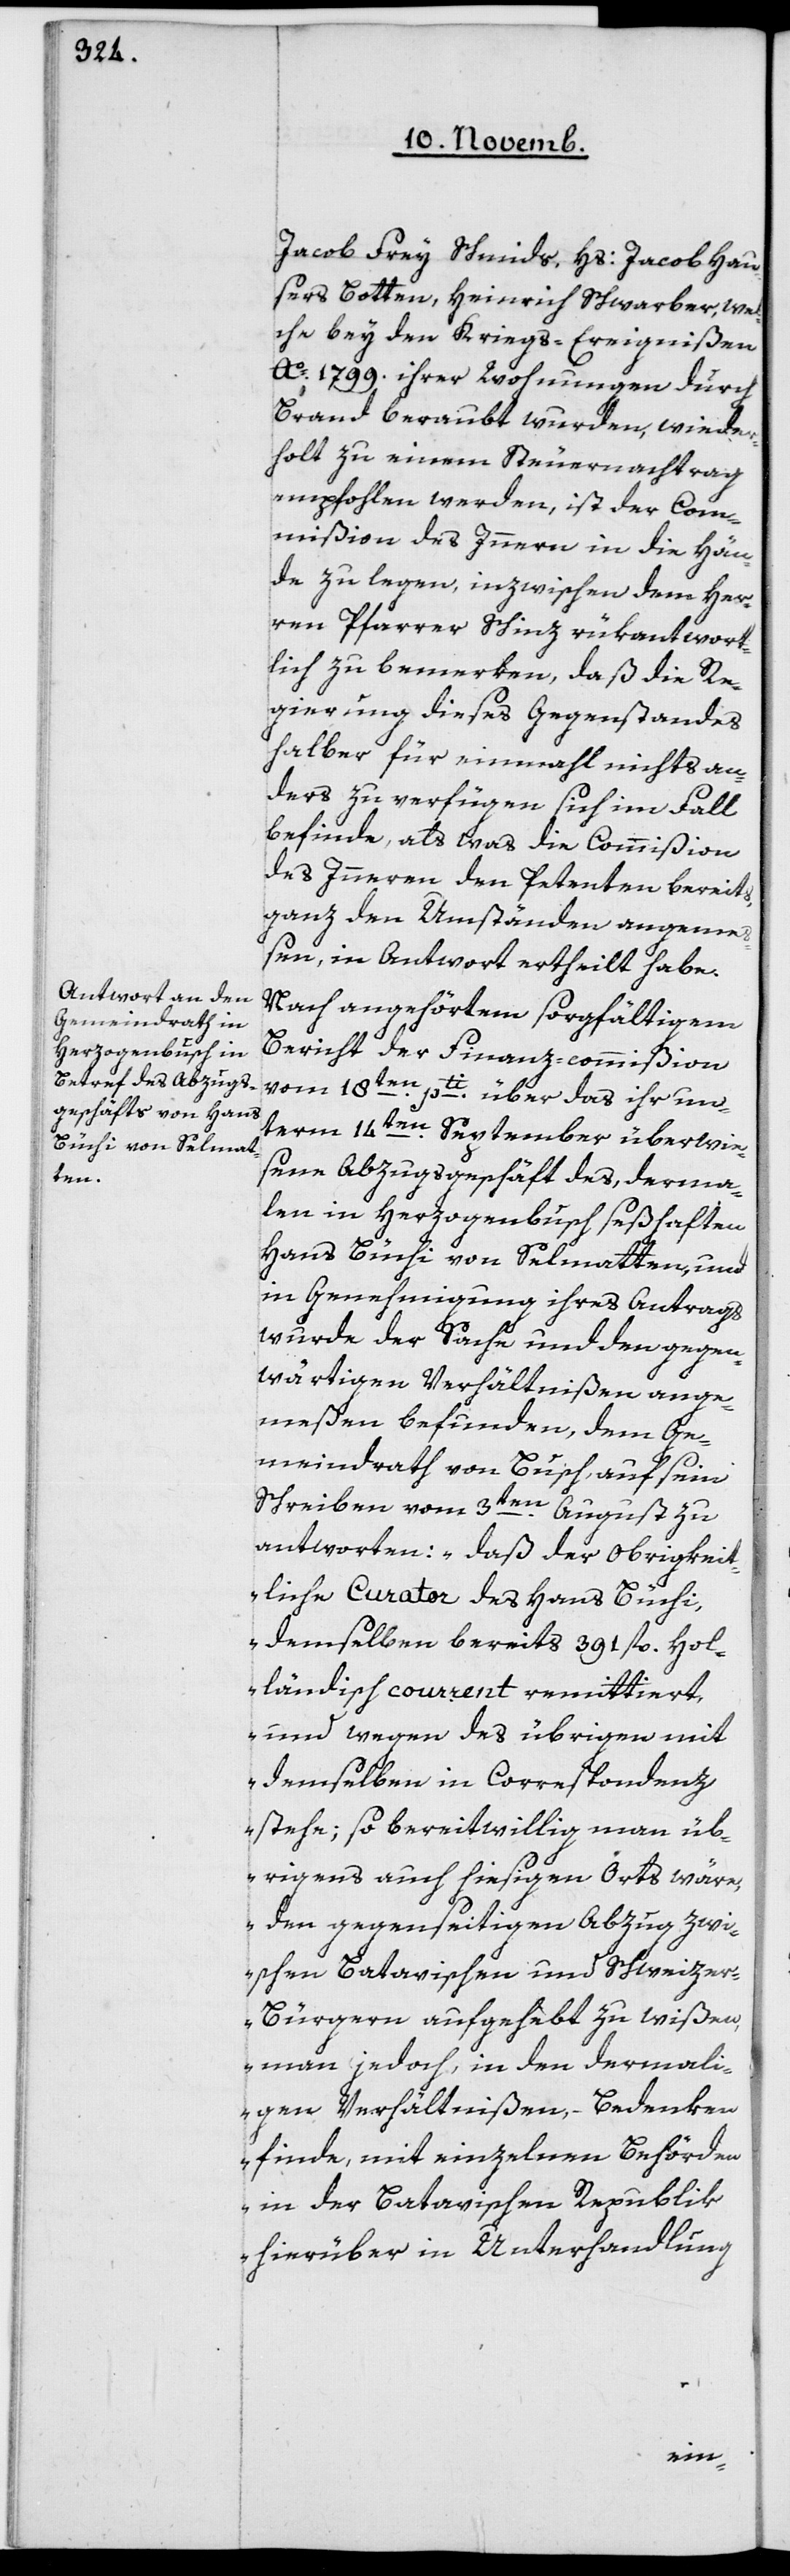
Jacob Frey Schmids, Hs. Jacob Hau¬
sers Botten, Heinrich Schwarber, wel¬
che bey den Kriegs-Ereignißen
Ao 1799 ihrer Wohnungen durch
Brand beraubt wurden, wieder¬
holt zu einem Steuernachtrag
empfohlen werden, ist der Com¬
mißion des Innern in die Hän¬
de zu legen, inzwischen dem Her¬
ren Pfarrer Schinz rükantwort¬
lich zu bemerken, daß die Re¬
gierung dieses Gegenstandes
halber für einmal nichts an¬
deres zu verfügen sich im Fall
befinde, als was die Commißion
des Inneren den Petenten bereits,
ganz den Umständen angemeß¬
en, in Antwort ertheilt habe.
Nach angehörtem sorgfältigem
Bericht der Finanz-commißion
vom 18ten pti über das ihr un¬
term 14ten September überwie¬
sene Abzugsgeschäft des, derma¬
len in Herzogenbusch seßhaften
Hans Büchi von Seelmatten, und
in Genehmigung ihres Antrags
wurde der Sache und den gegen¬
wärtigen Verhältnißen ange¬
meßen befunden, dem Ge¬
meindrath von Busch, auf sein
Schreiben vom 3ten August zu
antworten: „daß der obrigkeit¬
liche Curator des Hans Büchi,
demselben bereits 391 fl. hol¬
ländisch Courrent remittiert,
und wegen des übrigen mit
demselben in Correspondenz
stehe; so bereitwillig man üb¬
rigens auch hiesigen Orts wäre,
den gegenseitigen Abzug zwi¬
schen Batavischen und Schweize¬
r-Bürgern aufgehebt zu wißen,
man jedoch, in den dermali¬
gen Verhältnißen, Bedenken
finde, mit einzelnen Behörden
in der Batavischen Republik
hierüber in Unterhandlung